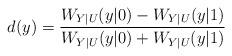
LaTeX: \begin{align*} d(y) = \frac{W_{Y|U}(y|0)-W_{Y|U}(y|1)}{W_{Y|U}(y|0)+W_{Y|U}(y|1)}\end{align*}